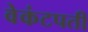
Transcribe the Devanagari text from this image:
वेकंटपती